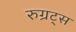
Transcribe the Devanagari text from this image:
रुग्रट्स